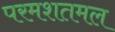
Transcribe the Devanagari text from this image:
परमशतमल